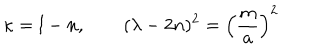
\kappa = l - n , \qquad ( \lambda - 2 n ) ^ { 2 } = \left( { \frac { m } { a } } \right) ^ { 2 }